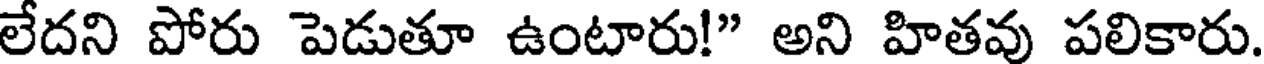
లేదని పోరు పెడుతూ ఉంటారు!" అని హితవు పలికారు